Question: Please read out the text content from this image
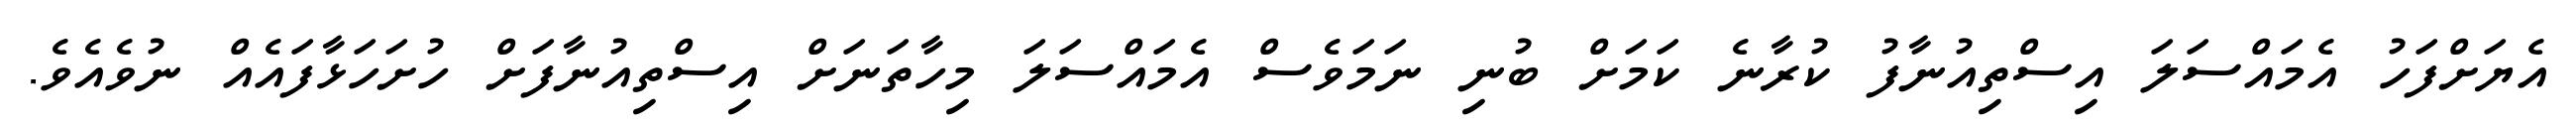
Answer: އެޔަށްފަހު އެމައްސަލަ އިސްތިއުނާފު ކުރާނެ ކަމަށް ބުނި ނަމަވެސް އެމައްސަލަ މިހާތަނަށް އިސްތިއުނާފަށް ހުށަހަޅާފައެއް ނުވެއެވެ.